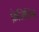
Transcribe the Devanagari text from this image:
फ्रेजिलिस